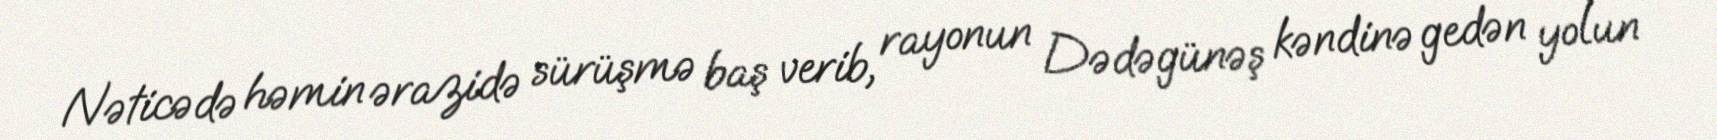
Nəticədə həmin ərazidə sürüşmə baş verib, rayonun Dədəgünəş kəndinə gedən yolun